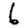
Digit: 6